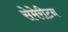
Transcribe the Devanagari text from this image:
सेमेरीटन